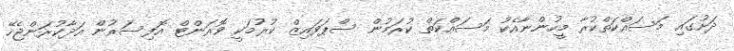
ދަށުގައި މަސައްކަތްކުރާ މީހުންނާއެކު މަސައްކަތް ކުރަމުން ސްޕަވައިޒް ކުރުމަކީ ވޮރަންޓް އޮފިސަރުން އަދާކުރަންޖެހޭ